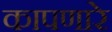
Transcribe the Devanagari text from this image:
कापणारे